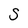
Character: S